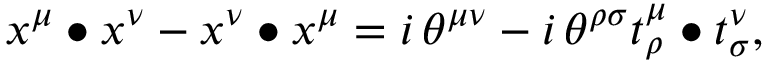
x ^ { \mu } \bullet x ^ { \nu } - x ^ { \nu } \bullet x ^ { \mu } = i \, \theta ^ { \mu \nu } - i \, \theta ^ { \rho \sigma } t _ { \rho } ^ { \mu } \bullet t _ { \sigma } ^ { \nu } ,